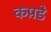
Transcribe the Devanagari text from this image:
कप़डे